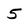
Character: 5